Some observations on the poison of the banded krait (Bungarus fasciatus) - Number 7
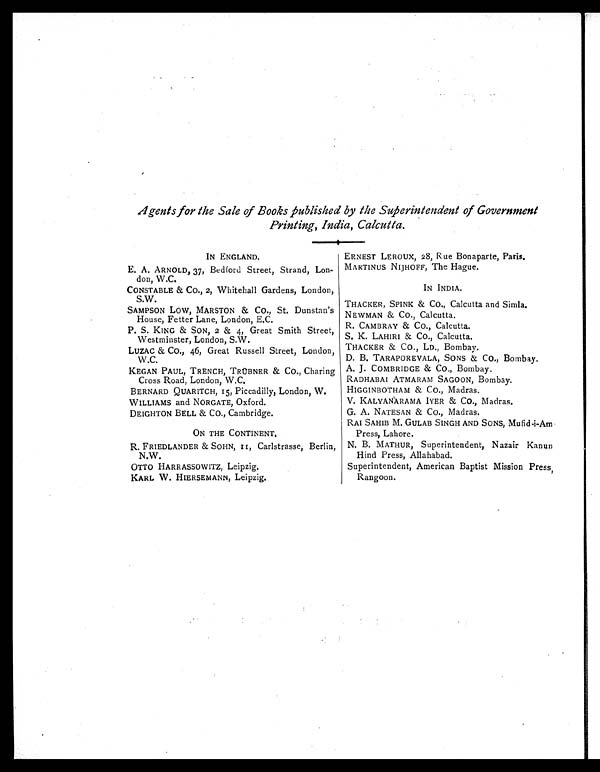
Agents for the Sale of Books published by the Superintendent of Government
Printing, India, Calcutta.
IN ENGLAND.
E. A. ARNOLD, 37, Bedford Street, Strand, Lon-
don, W.C.
CONSTABLE & CO., 2, Whitehall Gardens, London,
S.W.
SAMPSON LOW, MARSTON & CO., St. Dunstan's
House, Fetter Lane, London, E.C.
P. S. KING & SON, 2 & 4, Great Smith Street,
Westminster, London, S.W.
LUZAC & CO., 46, Great Russell Street, London,
W.C.
KEGAN PAUL, TRENCH, TRÜBNER & CO., Charing
Cross Road, London, W.C.
BERNARD QUARITCH, 15, Piccadilly, London, W.
WILLIAMS and NORGATE, Oxford.
DEIGHTON BELL & CO., Cambridge.
ON THE CONTINENT.
R. FRIEDLANDER & SOHN, II, Carlstrasse, Berlin,
N.W.
OTTO HARRASSOWITZ, Leipzig.
KARL W. HIERSEMANN, Leipzig.
ERNEST LEROUX, 28, Rue Bonaparte, Paris,
MARTINUS NIJHOFF, The Hague.
IN INDIA.
THACKER, SPINK & CO., Calcutta and Simla.
NEWMAN & CO., Calcutta.
R. CAMBRAY & CO., Calcutta.
S. K. LAHIRI & CO., Calcutta.
THACKER & CO., LD., Bombay.
D. B. TARAPOREVALA, SONS & CO., Bombay.
A. J. COMBRIDGE & CO., Bombay.
RADHABAI ATMARAM SAGOON, Bombay.
HIGGINBOTHAM & CO., Madras.
V. KALYANARAMA IYER & CO., Madras.
G. A. NATESAN & CO., Madras.
RAI SAHIB M. GULAB SINGH AND SONS, Mufid-i-Am
Press, Lahore.
N. B. MATHUR, Superintendent, Nazair Kanun
Hind Press, Allahabad.
Superintendent, American Baptist Mission Press,
Rangoon.